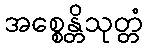
အစ္စေန္တိသုတ္တံ